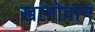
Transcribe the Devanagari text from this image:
खांमोवान